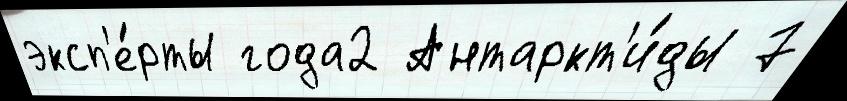
эксп'е́рты года2 Антаркт'и́ды 7